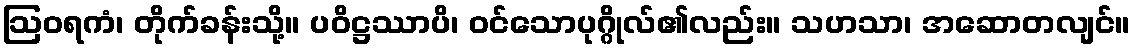
ဩဝရကံ၊ တိုက်ခန်းသို့။ ပဝိဋ္ဌဿာပိ၊ ဝင်သောပုဂ္ဂိုလ်၏လည်း။ သဟသာ၊ အဆောတလျင်။